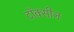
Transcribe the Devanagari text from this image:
टॉक्सीन